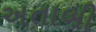
અતાબી